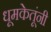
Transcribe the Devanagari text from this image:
धूमकेतूंनी